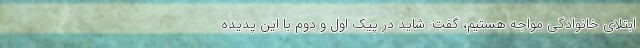
ابتلای خانوادگی مواجه هستیم، گفت: شاید در پیک اول و دوم با این پدیده